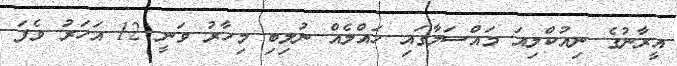
އީރާނުގެ ނިއުކްލިއަ މައްސަލާގައި ހައްލެއް ނުލިބި މިހާރު ވަނީ 12 އަހަރު ވެފަ